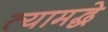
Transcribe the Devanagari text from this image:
त्यामद्धे